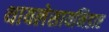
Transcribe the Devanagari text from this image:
थायलेसायनिडाए